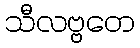
သီလဗ္ဗတေ